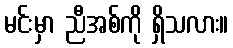
မင်းမှာ ညီအစ်ကို ရှိသလား။